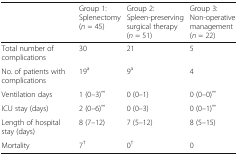
<table><thead><tr><td></td><td><b>Group 1: Splenectomy (<i>n</i> = 45)</b></td><td><b>Group 2: Spleen-preserving surgical therapy (<i>n</i> = 51)</b></td><td><b>Group 3: Non-operative management (<i>n</i> = 22)</b></td></tr></thead><tbody><tr><td>Total number of complications</td><td>30</td><td>21</td><td>5</td></tr><tr><td>No. of patients with complications</td><td>19<sup>a</sup></td><td>9<sup>a</sup></td><td>4</td></tr><tr><td>Ventilation days</td><td>1 (0–3)<sup>∞</sup></td><td>0 (0–1)</td><td>0 (0–0)<sup>∞</sup></td></tr><tr><td>ICU stay (days)</td><td>2 (0–6)<sup>∞</sup></td><td>0 (0–3)</td><td>0 (0–1)<sup>∞</sup></td></tr><tr><td>Length of hospital stay (days)</td><td>8 (7–12)</td><td>7 (5–12)</td><td>8 (5–15)</td></tr><tr><td>Mortality</td><td>7<sup>†</sup></td><td>0<sup>†</sup></td><td>0</td></tr></tbody></table>